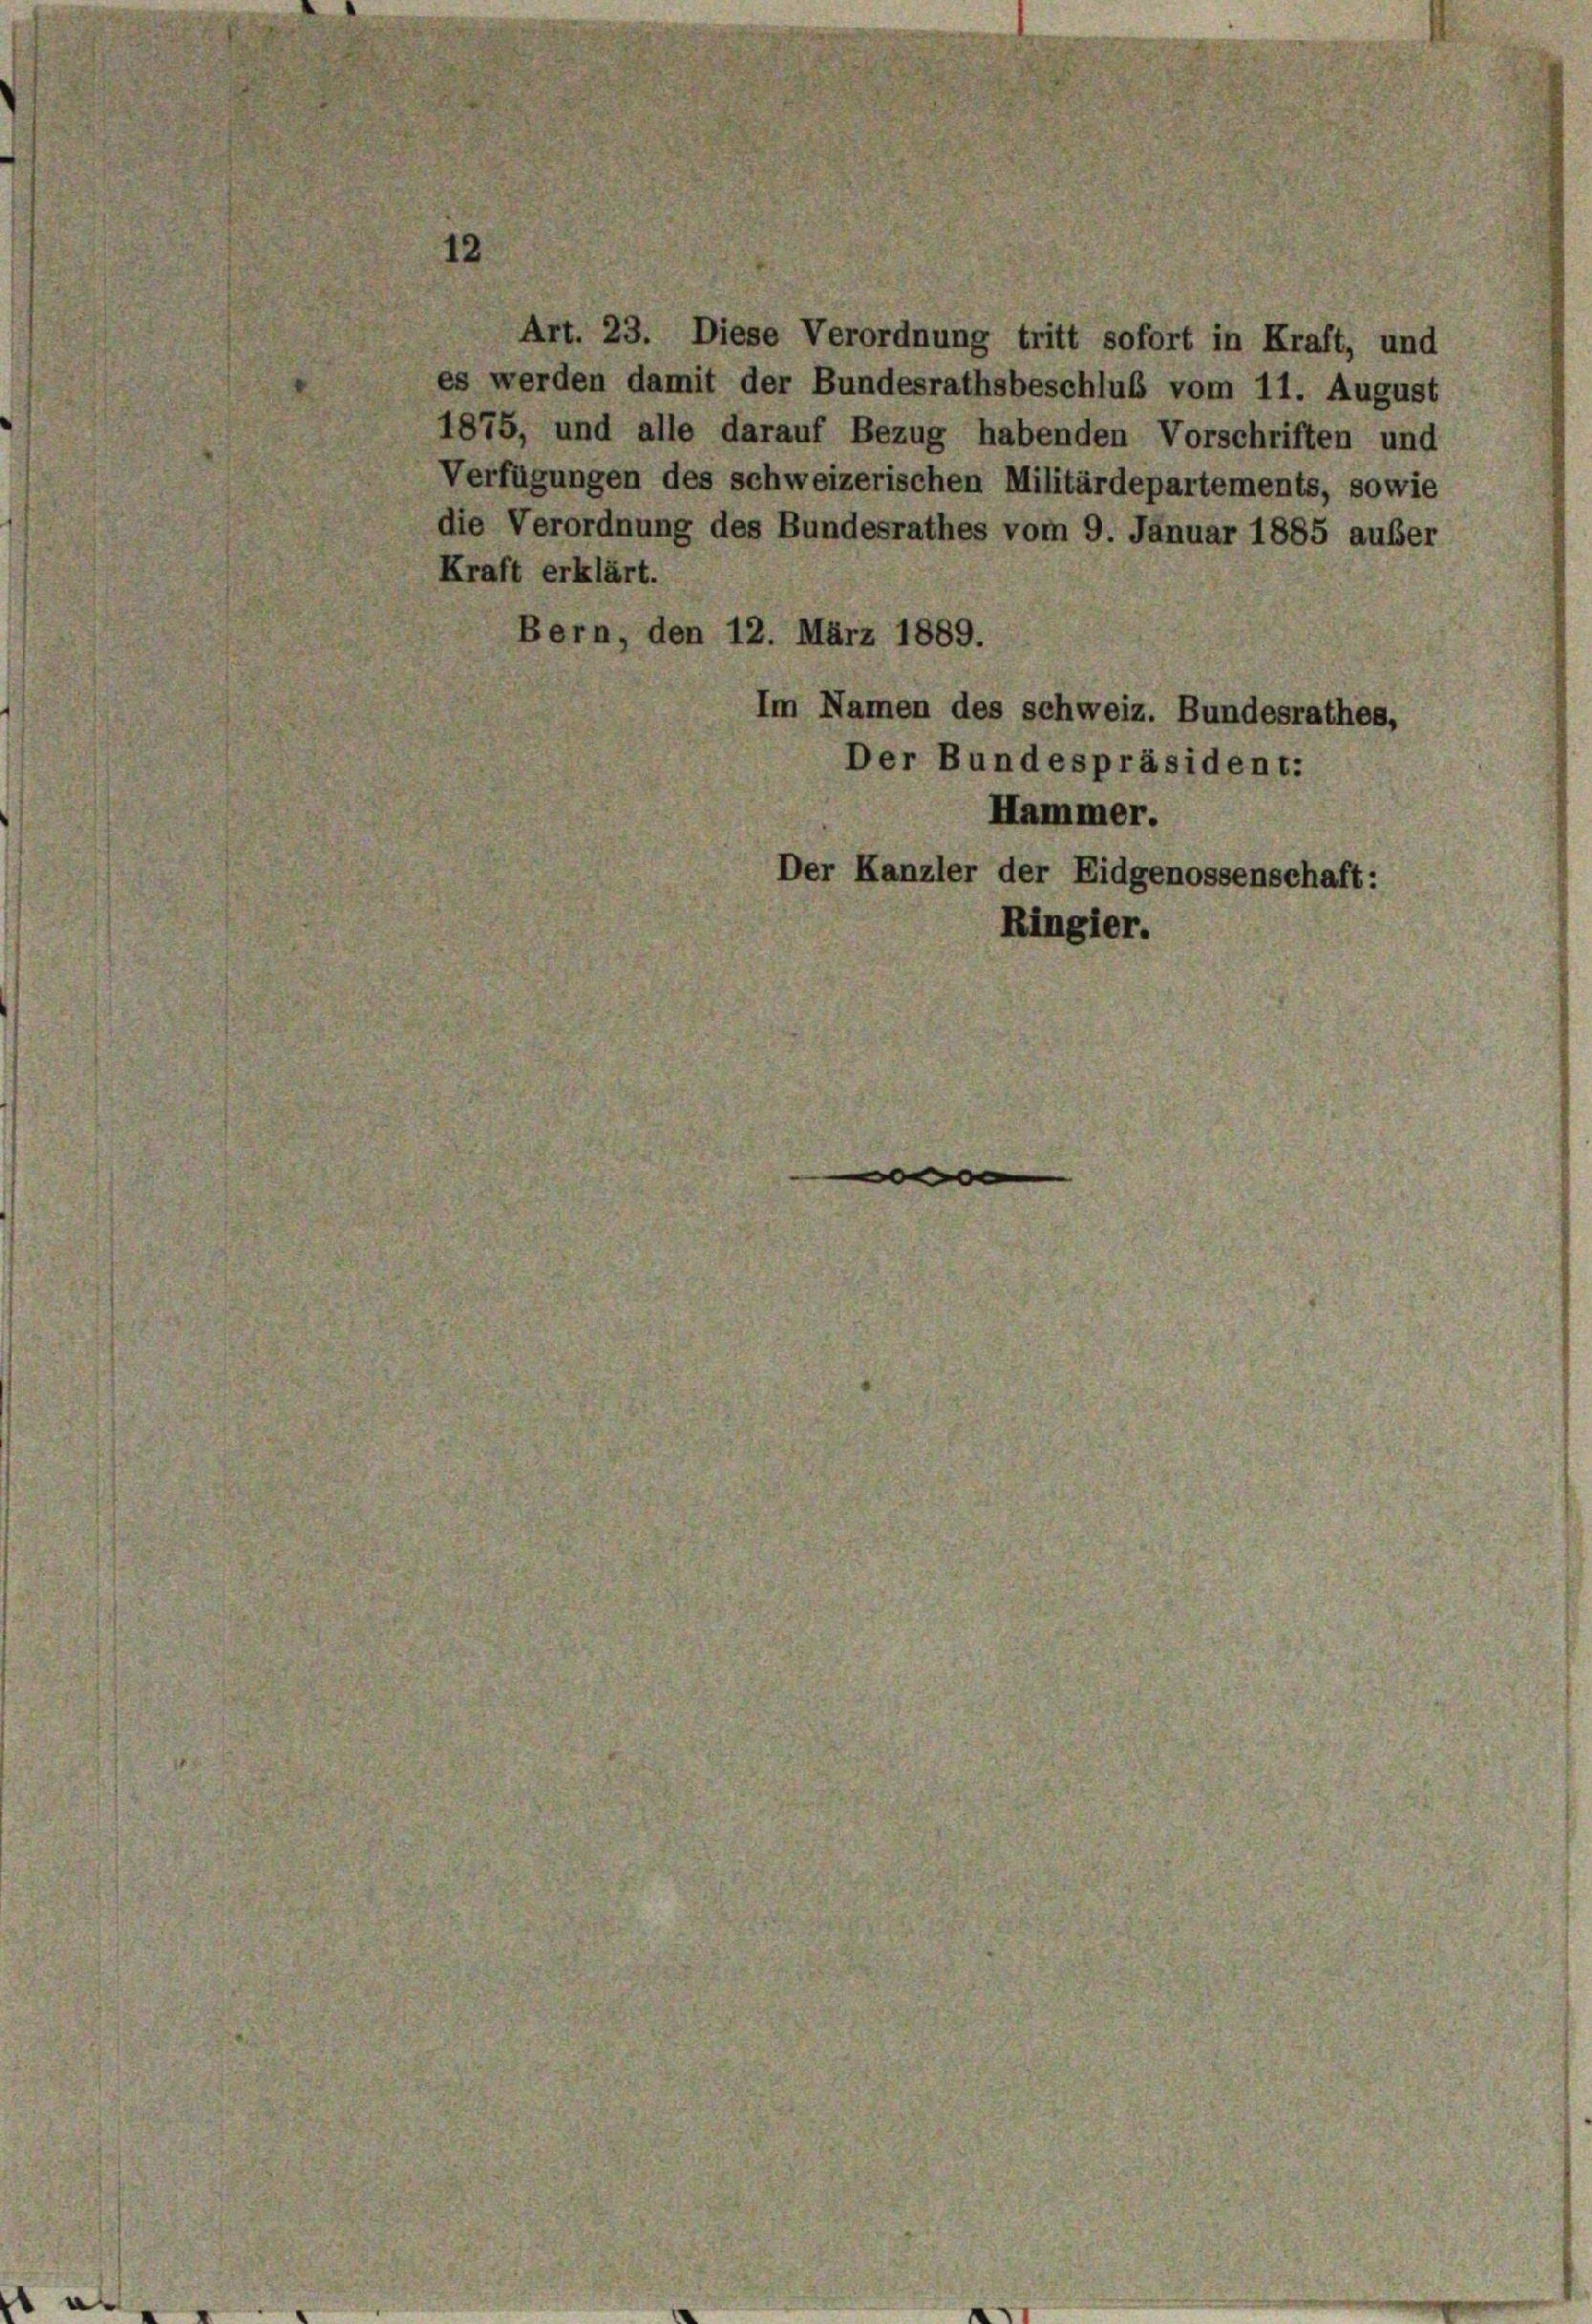
e

Art. 23. Diese Verordnung tritt sofort in Kraft, und
es werden damit der Bundesrathsbeschluß vom 11. August
1875, und alle darauf Bezug habenden Vorschriften und
Verfügungen des schweizerischen Militärdepartements, sowie
die Verordnung des Bundesrathes vom 9. Januar 1885 auber
Kraft erklärt.
Bern, den 12. März 1889.
Im Namen des schweiz. Bundesrathes,
Der Bundespräsident:
Hammer.
Der Kanzler der Eidgenossenschaft:
Ringier.